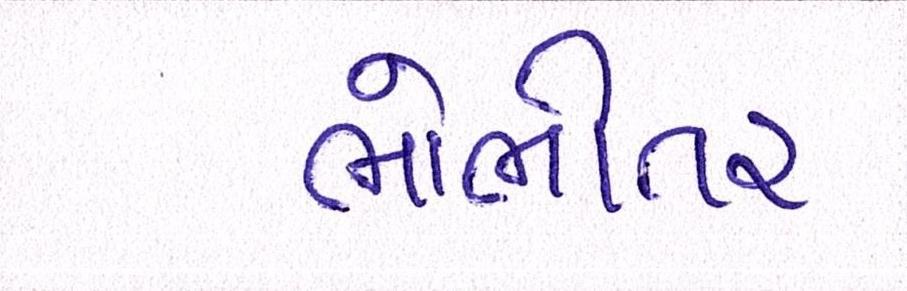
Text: ભોભીતર